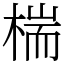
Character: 椯